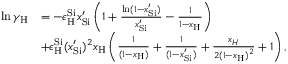
\begin{array} { r l } { \ln { \gamma _ { \mathrm { { H } } } } } & { = - \epsilon _ { \mathrm { H } } ^ { \mathrm { { S i } } } { x _ { { \mathrm { S i } } } ^ { \prime } } \left( { 1 + \frac { { \ln ( 1 - { x _ { \mathrm { { S i } } } ^ { \prime } } ) } } { { { x _ { { \mathrm { S i } } } ^ { \prime } } } } - \frac { 1 } { { 1 - { x _ { \mathrm { { H } } } } } } } \right) } \\ & { + \epsilon _ { \mathrm { H } } ^ { \mathrm { { S i } } } ( x _ { { \mathrm { S i } } } ^ { \prime } ) ^ { 2 } { x _ { \mathrm { { H } } } } \left( { \frac { 1 } { { ( 1 - { x _ { \mathrm { H } } } ) } } + \frac { 1 } { { ( 1 - { x _ { \mathrm { { S i } } } ^ { \prime } } ) } } + \frac { { { x _ { H } } } } { { 2 { { ( 1 - { x _ { \mathrm { H } } } ) } ^ { 2 } } } } + 1 } \right) , } \end{array}